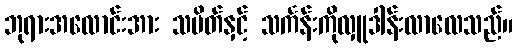
ဘုရားအလောင်းအား သပိတ်နှင့် သင်္ကန်းကိုလှူဒါန်းလာလေသည်။